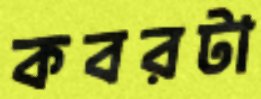
কবরটা